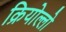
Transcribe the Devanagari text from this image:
क्रियोल्लो